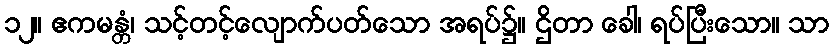
၁၂။ ဧကမန္တံ၊ သင့်တင့်လျောက်ပတ်သော အရပ်၌။ ဌိတာ ခေါ၊ ရပ်ပြီးသော။ သာ